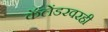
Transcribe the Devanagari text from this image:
कॅलेंडरवरही